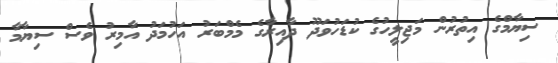
ސިޔާމްގެ އިތުރުން މަޖިލީހުގެ ކުޑަހުވަދޫ ދާއިރާގެ މެމްބަރު އަހުމަދު އާމިރު ވެސް ސިޔާމާ